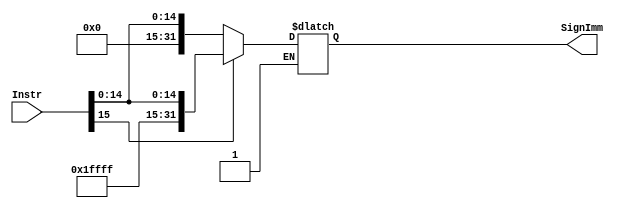
module Sign_Extend (

input   wire   [15:0]    Instr,
output  reg    [31:0]    SignImm

);

wire [15:0] A,B;

assign A=16'b0;
assign B=16'b1111111111111111;

always @(*)

begin

if(Instr[15])

begin

SignImm={B,Instr[15:0]};

end

else if( !Instr[15] )

begin

SignImm={A,Instr[15:0]};

end

end

endmodule